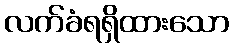
လက်ခံရရှိထားသော